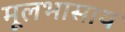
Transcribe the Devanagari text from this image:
मूलभासाय